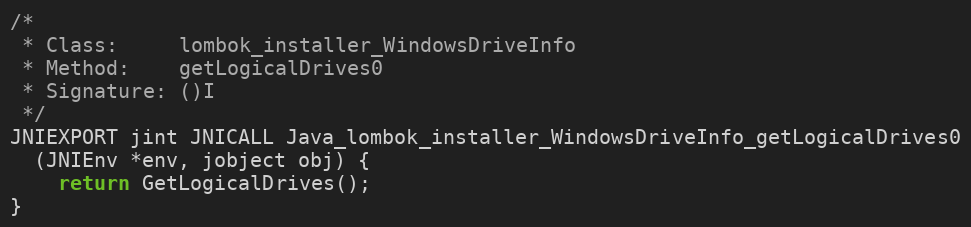
Language: C
/*
 * Class:     lombok_installer_WindowsDriveInfo
 * Method:    getLogicalDrives0
 * Signature: ()I
 */
JNIEXPORT jint JNICALL Java_lombok_installer_WindowsDriveInfo_getLogicalDrives0
  (JNIEnv *env, jobject obj) {
	return GetLogicalDrives();
}